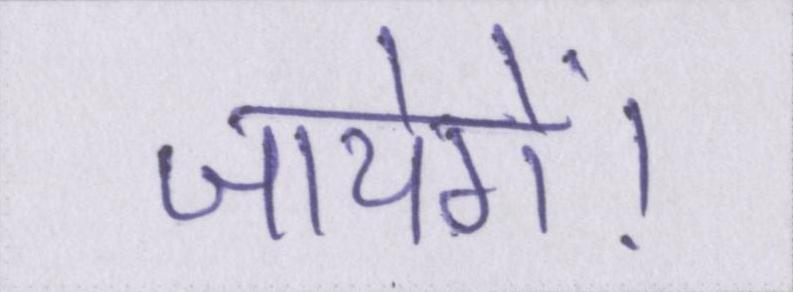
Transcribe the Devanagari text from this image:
जायेगें।